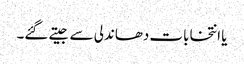
یا انتخابات دھاندلی سے جیتے گئے۔